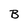
Character: B